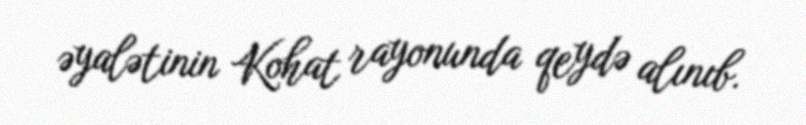
əyalətinin Kohat rayonunda qeydə alınıb.